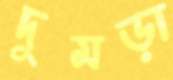
দুমড়া